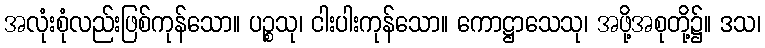
အလုံးစုံလည်းဖြစ်ကုန်သော။ ပဉ္စသု၊ ငါးပါးကုန်သော။ ကောဋ္ဌာသေသု၊ အဖို့အစုတို့၌။ ဒသ၊